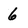
Character: 6